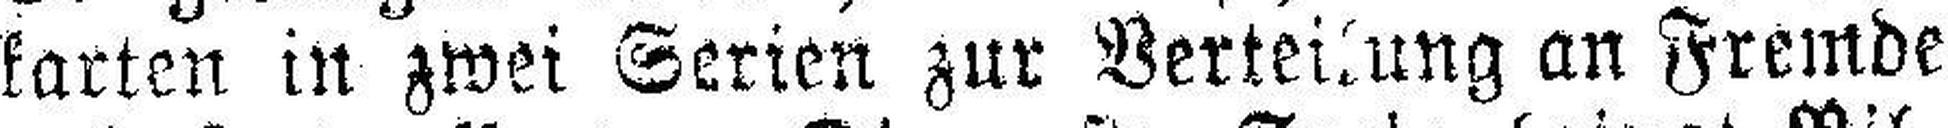
karten in zwei Serien zur Verteilung an Fremde